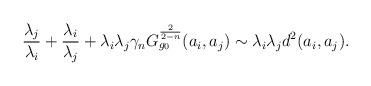
LaTeX: \begin{align*}\frac{ \lambda_{j} }{ \lambda_{i} }+\frac{\lambda_{i} }{ \lambda_{j} }+\lambda_{i}\lambda_{j}\gamma_{n}G_{g_{0}}^{\frac{2}{2-n}}( a _{i}, a _{j}) & \sim \lambda_{i}\lambda_{j}d^{2}( a _{i}, a _{j}).\end{align*}